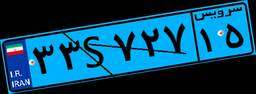
۳۳S۷۲۷۱۵